Indian journal of veterinary science and animal husbandry - Volumes 28-29, 1958-1959
Year: 1958
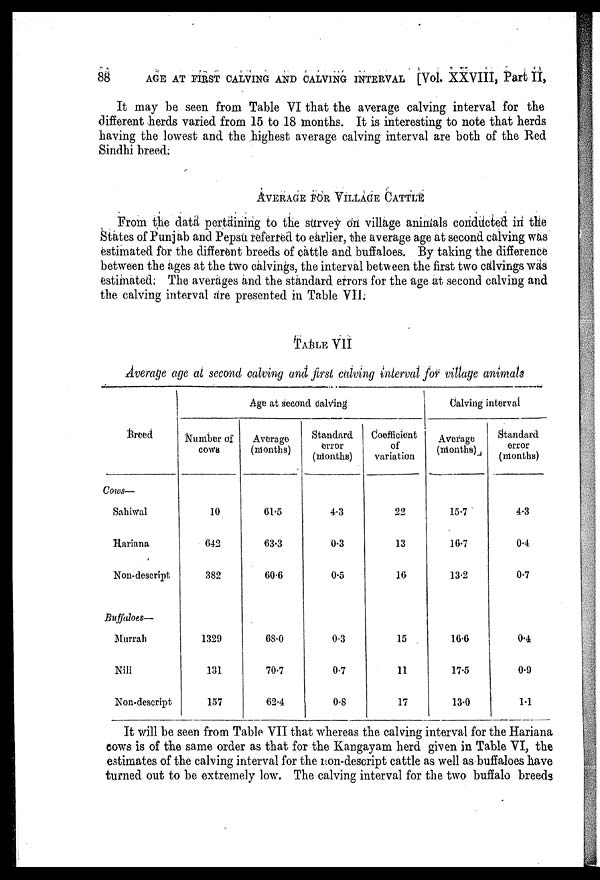
88
AGE AT FIRST CALVING AND CALVING INTERVAL [Vol. XXVIII, Part II,
It may be seen from Table VI that the average calving interval for the
different herds varied from 15 to 18 months. It is interesting to note that herds
having the lowest and the highest average calving interval are both of the Red
Sindhi breed.
AVERAGE FOR VILLAGE CATTLE
From the data pertaining to the survey on village animals conducted in the
States of Punjab and Pepsu referred to earlier, the average age at second calving was
estimated for the different breeds of cattle and buffaloes. By taking the difference
between the ages at the two calvings, the interval between the first two calvings was
estimated. The averages and the standard errors for the age at second calving and
the calving interval are presented in Table VII.
TABLE VII
Average age at second calving and first calving interval for village animals
Breed
Cows—
Sahiwal
Hariana
Non-descript.
Buffaloes—
Murrah
Nili
Non-descript
Age at second calving
Number of
cows
10
642
382
1329
131
157
Average
(months)
61.5
63.3
60.6
68.0
70.7
62.4
Standard
error
(months)
4.3
0.3
0.5
0.3
0.7
0.8
Coefficient
of
variation
22
13
16
15
11
17
Calving interval
Average
(months)
15.7
16.7
13.2
16.6
17.5
13.0
Standard
error
(months)
4.3
0.4
0.7
0.4
0.9
1.1
It will be seen from Table VII that whereas the calving interval for the Hariana
cows is of the same order as that for the Kangayam herd given in Table VI, the
estimates of the calving interval for the non-descript cattle as well as buffaloes have
turned out to be extremely low. The calving interval for the two buffalo breeds